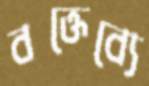
বক্তেব্যে